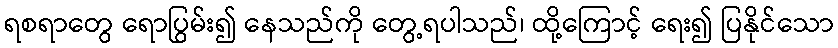
ရစရာတွေ ရောပြွမ်း၍ နေသည်ကို တွေ့ရပါသည်၊ ထို့ကြောင့် ရေး၍ ပြနိုင်သော